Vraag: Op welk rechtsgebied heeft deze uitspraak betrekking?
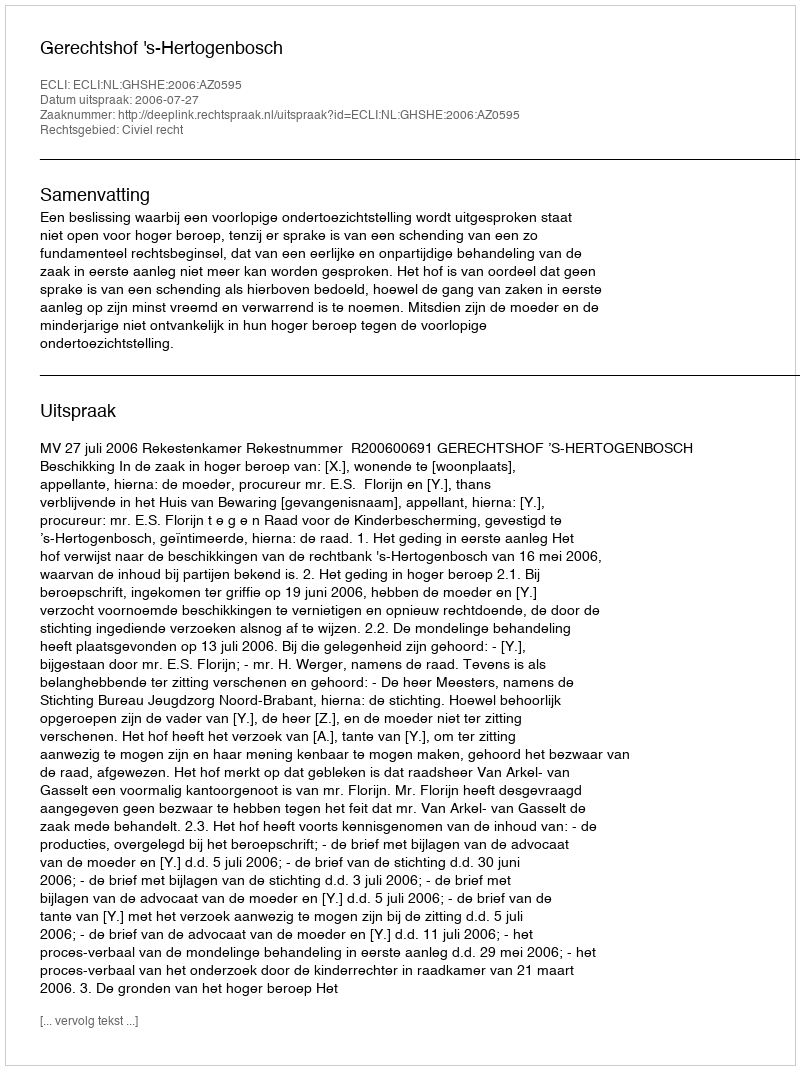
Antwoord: Civiel recht